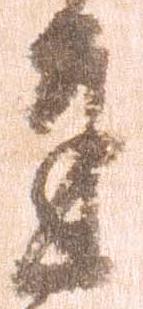
達